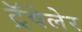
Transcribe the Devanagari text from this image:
ट्रॅवेलेर